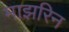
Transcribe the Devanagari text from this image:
माझरिन